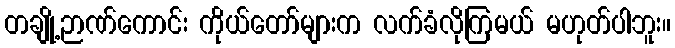
တချို့ဉာဏ်ကောင်း ကိုယ်တော်များက လက်ခံလိုကြမယ် မဟုတ်ပါဘူး။